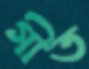
গীত